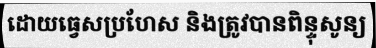
ដោយធ្វេសប្រហែស និងត្រូវបានពិន្ទុសូន្យ